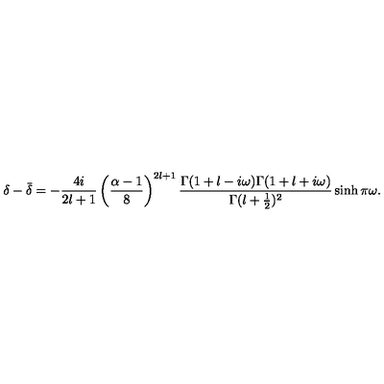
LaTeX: \delta - \bar { \delta } = - \frac { 4 i } { 2 l + 1 } \left( \frac { \alpha - 1 } { 8 } \right) ^ { 2 l + 1 } \frac { \Gamma ( 1 + l - i \omega ) \Gamma ( 1 + l + i \omega ) } { \Gamma ( l + \frac { 1 } { 2 } ) ^ { 2 } } \sinh \pi \omega .